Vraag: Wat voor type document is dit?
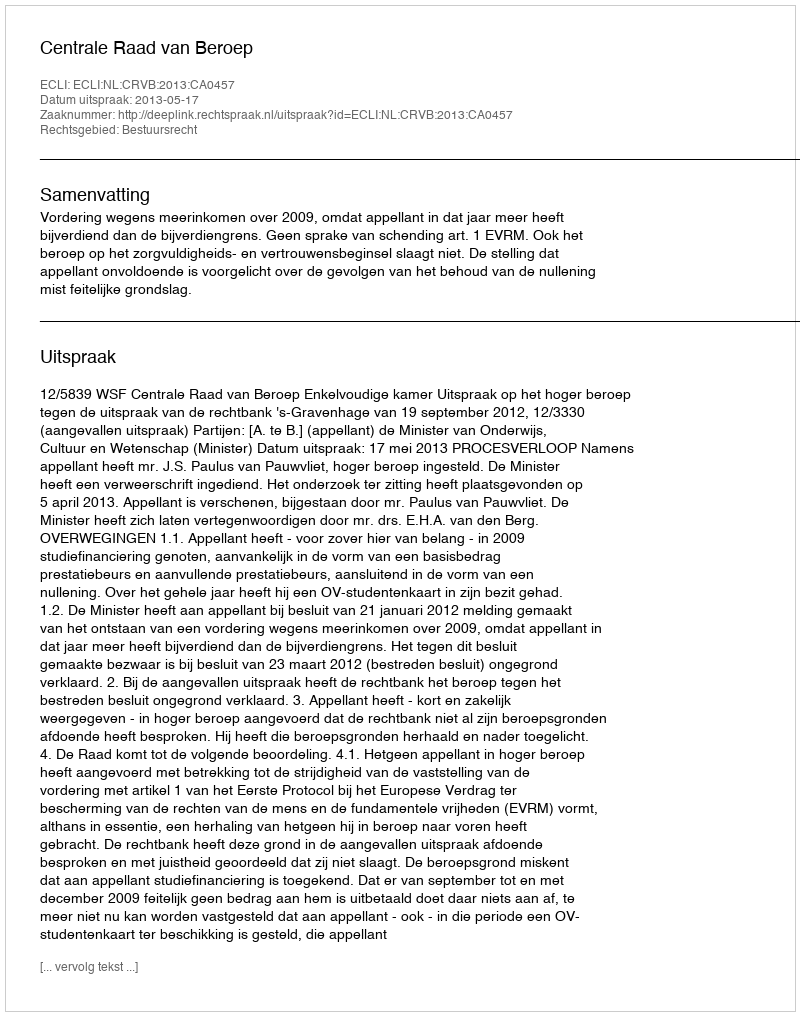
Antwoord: Uitspraak